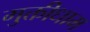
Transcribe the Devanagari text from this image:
मुक्तीधाम